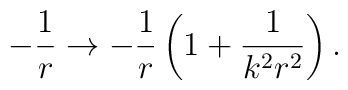
-\frac{1}{r} \rightarrow -\frac{1}{r}\left( 1 + \frac{1}{k^2 r^2}\right) .